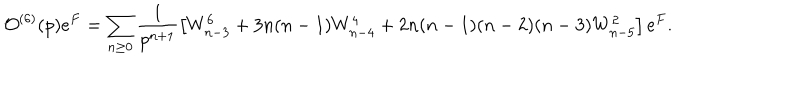
LaTeX: { \cal O } ^ { ( 6 ) } ( p ) e ^ { F } = \sum _ { n \geq 0 } \frac { 1 } { p ^ { n + 1 } } \left[ W _ { n - 3 } ^ { 6 } + 3 n ( n - 1 ) W _ { n - 4 } ^ { 4 } + 2 n ( n - 1 ) ( n - 2 ) ( n - 3 ) W _ { n - 5 } ^ { 2 } \right] e ^ { F } .